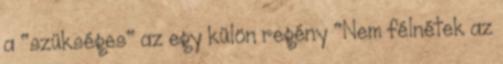
a "szükséges" az egy külön regény "Nem félnétek az